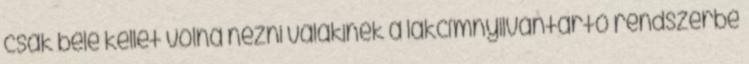
csak bele kellet volna nézni valakinek a lakcímnyilvántartó rendszerbe